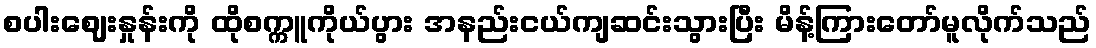
စပါးဈေးနှုန်းကို ထိုစက္ကူကိုယ်ပွား အနည်းငယ်ကျဆင်းသွားပြီး မိန့်ကြားတော်မူလိုက်သည်